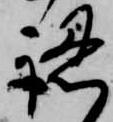
認